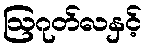
ဩဂုတ်လနှင့်